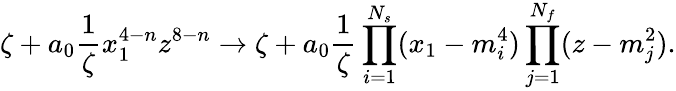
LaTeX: \zeta+a_{0}\frac{1}{\zeta}x_{1}^{4-n}z^{8-n}\to\zeta+a_{0}\frac{1}{\zeta}\prod_{i=1}^{N_{s}}(x_{1}-m_{i}^{4})\prod_{j=1}^{N_{f}}(z-m_{j}^{2}).